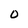
Character: O